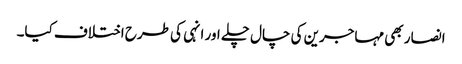
انصار بھی مہاجرین کی چال چلے اور انہی کی طرح اختلاف کیا۔